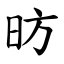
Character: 昉